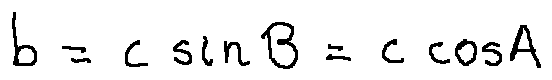
b = c \sin B = c \cos A